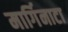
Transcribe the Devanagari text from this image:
मार्गिनाटा